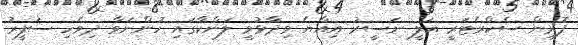
ފޮރިން ސެކްރެޓަރީ އަލީ ނަސީރު އިއްޔެ ވިދާޅުވީ ލަންކާގައި ހުންނަވާ ދިވެހި ސަފީރު